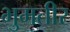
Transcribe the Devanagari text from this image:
भुमतीर